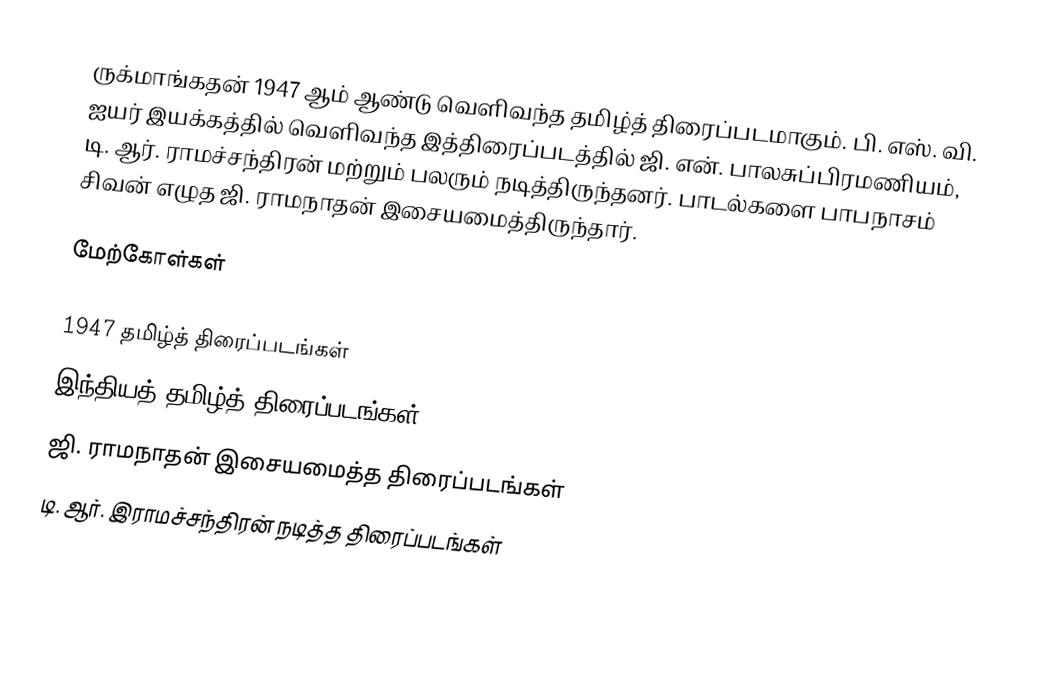
ருக்மாங்கதன் 1947 ஆம் ஆண்டு வெளிவந்த தமிழ்த் திரைப்படமாகும். பி. எஸ். வி. ஐயர் இயக்கத்தில் வெளிவந்த இத்திரைப்படத்தில் ஜி. என். பாலசுப்பிரமணியம், டி. ஆர். ராமச்சந்திரன் மற்றும் பலரும் நடித்திருந்தனர். பாடல்களை பாபநாசம் சிவன் எழுத ஜி. ராமநாதன் இசையமைத்திருந்தார்.

மேற்கோள்கள்

1947 தமிழ்த் திரைப்படங்கள்
இந்தியத் தமிழ்த் திரைப்படங்கள்
ஜி. ராமநாதன் இசையமைத்த திரைப்படங்கள்
டி. ஆர். இராமச்சந்திரன் நடித்த திரைப்படங்கள்